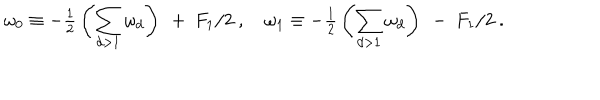
\omega _ { 0 } \equiv - { { \textstyle \frac { 1 } { 2 } } } \left( { \displaystyle \sum _ { d > 1 } \omega _ { d } } \right) \ + \ F _ { 1 } / 2 \ , \quad \omega _ { 1 } \equiv - { { \textstyle \frac { 1 } { 2 } } } \left( { \displaystyle \sum _ { d > 1 } \omega _ { d } } \right) \ - \ F _ { 1 } / 2 \ .